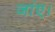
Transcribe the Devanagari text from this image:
जांए।